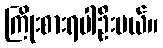
ကြိုးစားရပါဦးမယ်။